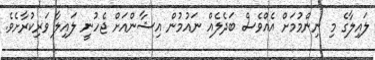
ލައިލާގެ މި ނިންމުމަށް އެއްވެސް ބަދެލެއް ނައުމުން އިޝާންއަށް ޖެހުނީ ލައިލާ ވަރިކުރާށެވެ.